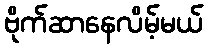
ဗိုက်ဆာနေလိမ့်မယ်